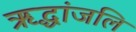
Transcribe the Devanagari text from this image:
ऋद्धांजलि